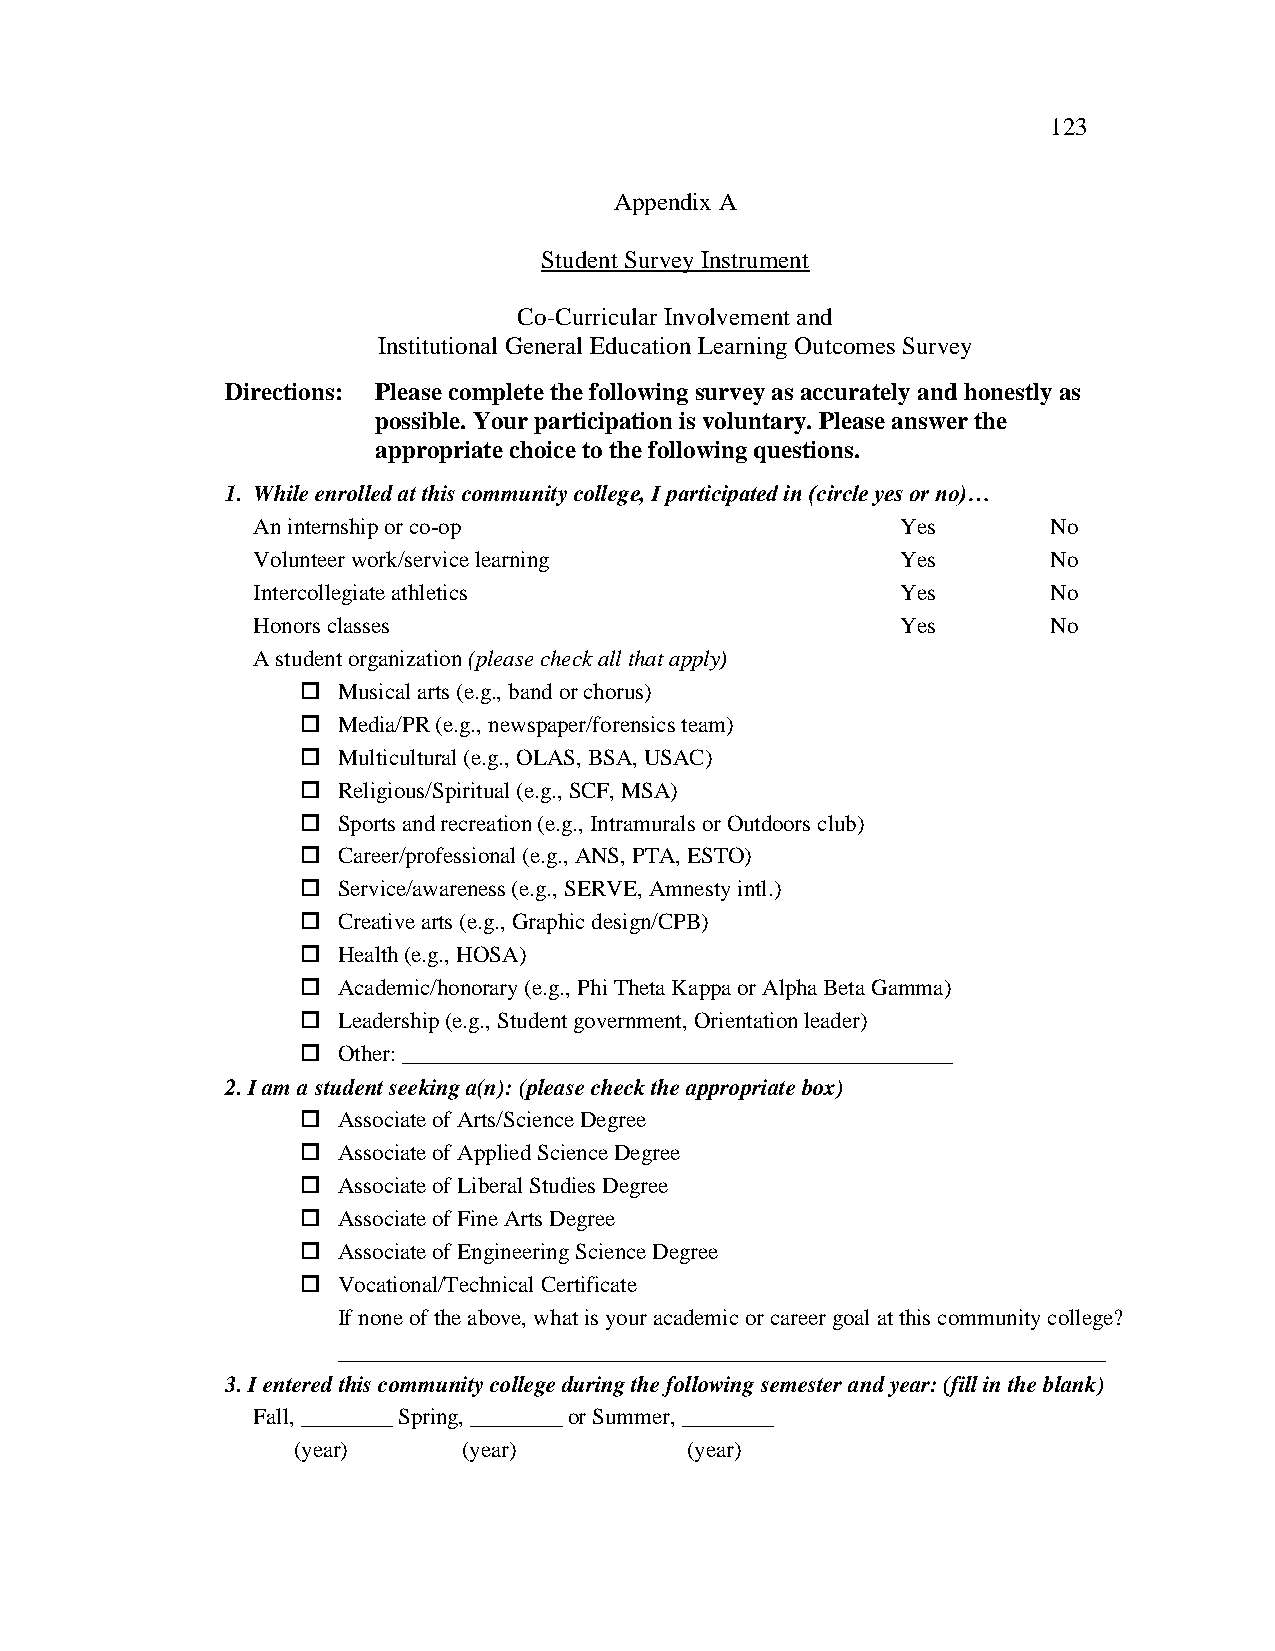
123
 Appendix A
 Student Survey Instrument
 Co-Curricular Involvement and
 Institutional General Education Learning Outcomes Survey
 Directions: Please complete the following survey as accurately and honestly as
 possible. Your participation is voluntary. Please answer the
 appropriate choice to the following questions.
 1. While enrolled at this community college, I participated in (circle yes or no)…
 An internship or co-op                     Yes       No
 Volunteer work/service learning            Yes       No
 Intercollegiate athletics                  Yes       No
 Honors classes                             Yes       No
 A student organization (please check all that apply)
  Musical arts (e.g., band or chorus)
  Media/PR (e.g., newspaper/forensics team)
  Multicultural (e.g., OLAS, BSA, USAC)
  Religious/Spiritual (e.g., SCF, MSA)
  Sports and recreation (e.g., Intramurals or Outdoors club)
  Career/professional (e.g., ANS, PTA, ESTO)
  Service/awareness (e.g., SERVE, Amnesty intl.)
  Creative arts (e.g., Graphic design/CPB)
  Health (e.g., HOSA)
  Academic/honorary (e.g., Phi Theta Kappa or Alpha Beta Gamma)
  Leadership (e.g., Student government, Orientation leader)
  Other: ________________________________________________
 2. I am a student seeking a(n): (please check the appropriate box)
  Associate of Arts/Science Degree
  Associate of Applied Science Degree
  Associate of Liberal Studies Degree
  Associate of Fine Arts Degree
  Associate of Engineering Science Degree
  Vocational/Technical Certificate
 If none of the above, what is your academic or career goal at this community college?
 ___________________________________________________________________
 3. I entered this community college during the following semester and year: (fill in the blank)
 Fall, ________ Spring, ________ or Summer, ________
 (year)      (year)        (year)